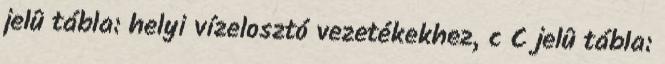
jelû tábla: helyi vízelosztó vezetékekhez, c C jelû tábla: